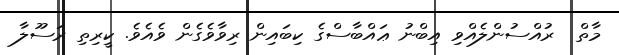
މާތް  ރުއްސުންލެއްވި އިބްނު ޢައްބާސްގެ ކިބައިން ރިވާވެގެން ވެއެވެ. ކީރިތި ރަސޫލާ